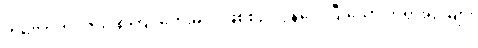
တိလောကဝိဇယ စကြဝတေးမင်း ဖြစ်စဉ် လွန်လေပြီးသော ဘုရားရှင်များ